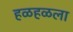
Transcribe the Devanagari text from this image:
हळहळला